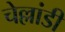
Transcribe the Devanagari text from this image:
चेल्लांडी